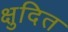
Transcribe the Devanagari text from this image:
क्षुदित